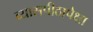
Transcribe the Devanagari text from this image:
व्यासपीठापेक्षा